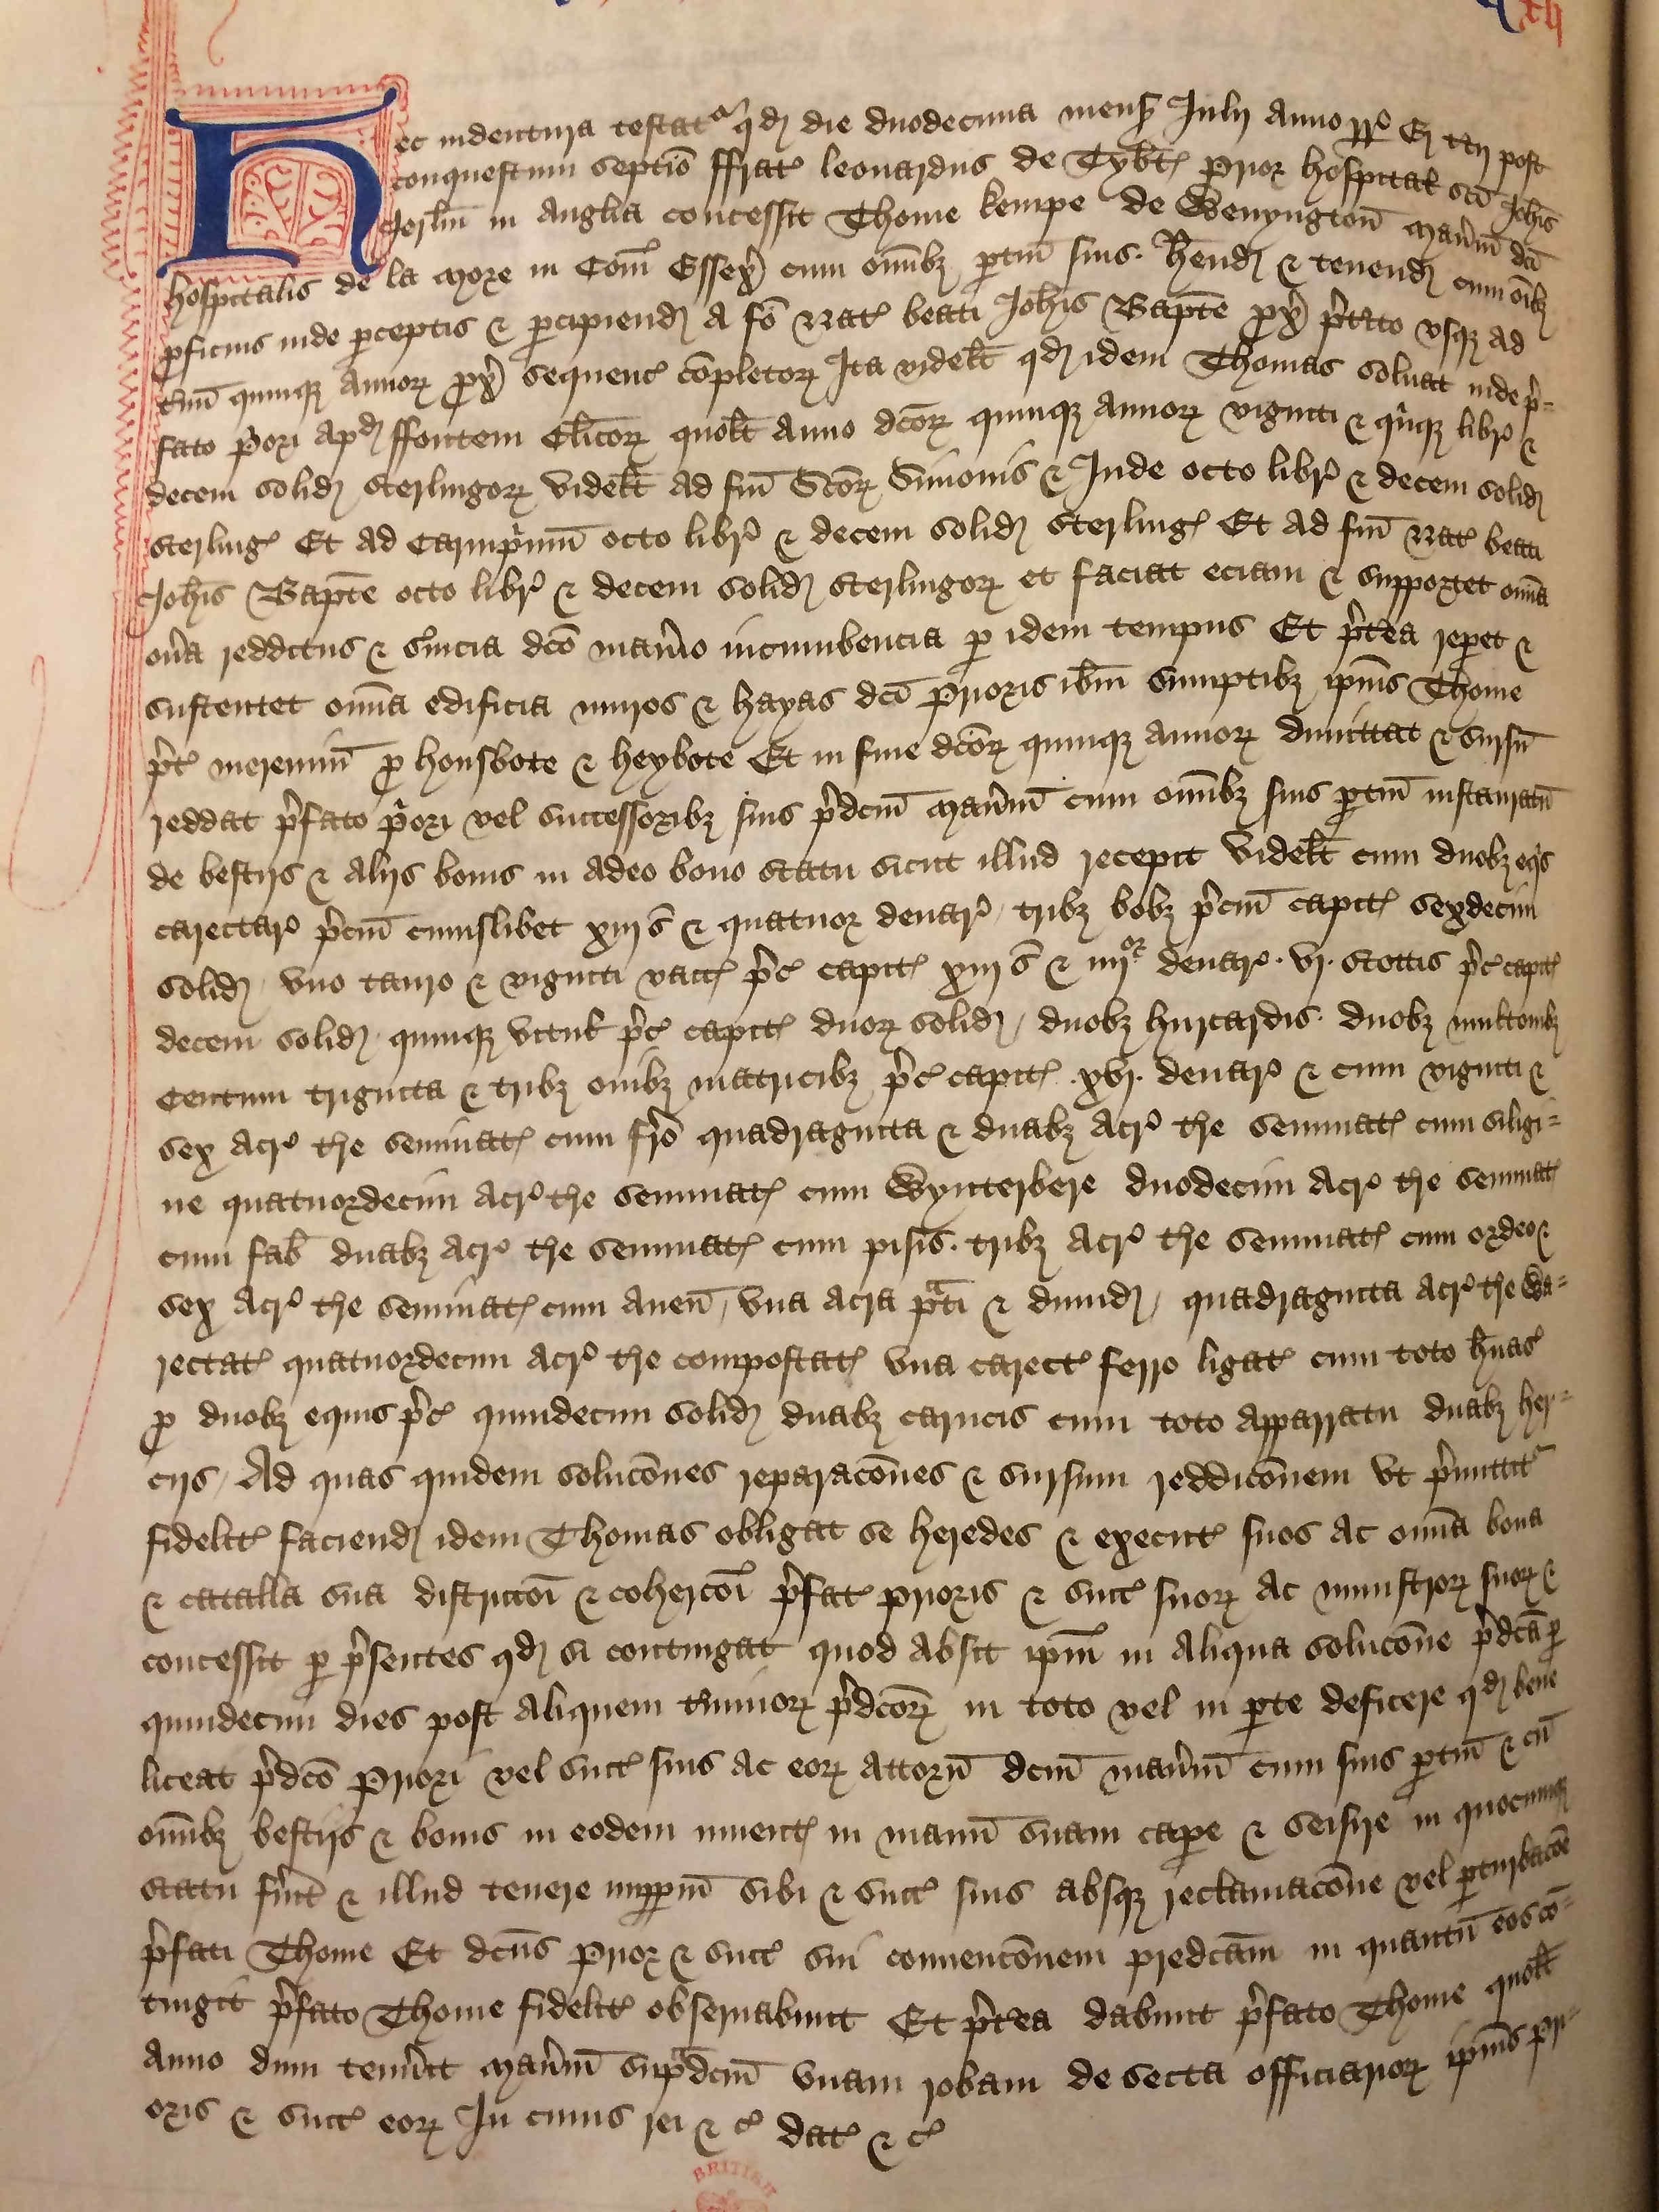
Shelfmark: London, British Library, Nero E VI
Century: 15